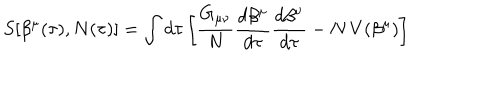
LaTeX: S [ \beta ^ { \mu } ( \tau ) , N ( \tau ) ] = \int d \tau \left[ \frac { G _ { \mu \nu } } { N } \frac { d \beta ^ { \mu } } { d \tau } \frac { d \beta ^ { \nu } } { d \tau } - N \, V ( \beta ^ { \mu } ) \right]